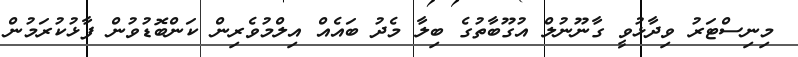
މިނިސްޓަރު ވިދާޅުވީ ގާނޫނުލް އުގޫބާތުގެ ބިލާ މެދު ބައެއް އިލްމުވެރިން ކަންބޮޑުވުން ފާޅުކުރަމުން